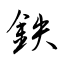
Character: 鉄